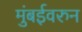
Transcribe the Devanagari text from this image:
मुंबईवरुन